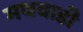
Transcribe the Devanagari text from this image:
मथवाडी